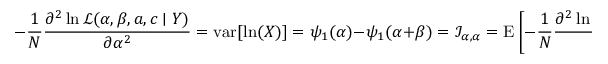
- { \frac { 1 } { N } } { \frac { \partial ^ { 2 } \ln { \mathcal { L } } ( \alpha , \beta , a , c \mid Y ) } { \partial \alpha ^ { 2 } } } = \operatorname { v a r } [ \ln ( X ) ] = \psi _ { 1 } ( \alpha ) - \psi _ { 1 } ( \alpha + \beta ) = { \mathcal { I } } _ { \alpha , \alpha } = \operatorname { E } \left[ - { \frac { 1 } { N } } { \frac { \partial ^ { 2 } \ln { \mathcal { L } } ( \alpha , \beta , a , c \mid Y ) } { \partial \alpha ^ { 2 } } } \right] = \ln ( \operatorname { v a r _ { G X } } )